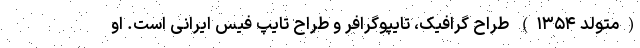
(متولد ۱۳۵۴) طراح گرافیک، تایپوگرافر و طراح تایپ فیس ایرانی است. او